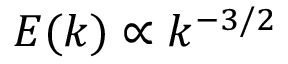
E ( k ) \propto k ^ { - 3 / 2 }